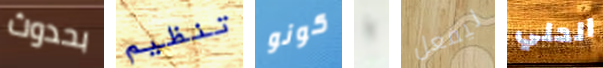
بحدوث تنظيم كونو يا ليفعل الحلي